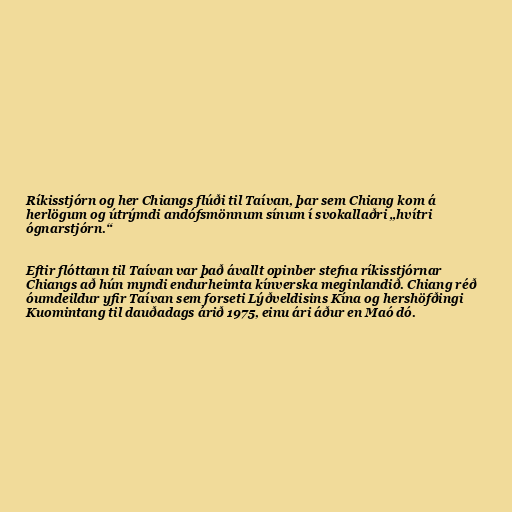
Ríkisstjórn og her Chiangs flúði til Taívan, þar sem Chiang kom á
herlögum og útrýmdi andófsmönnum sínum í svokallaðri „hvítri
ógnarstjórn.“

Eftir flóttann til Taívan var það ávallt opinber stefna ríkisstjórnar
Chiangs að hún myndi endurheimta kínverska meginlandið. Chiang réð
óumdeildur yfir Taívan sem forseti Lýðveldisins Kína og hershöfðingi
Kuomintang til dauðadags árið 1975, einu ári áður en Maó dó.